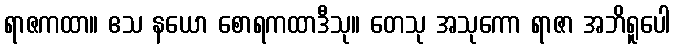
ရာဇကထာ။ ဧသ နယော စောရကထာဒီသု။ တေသု အသုကော ရာဇာ အဘိရူပေါ